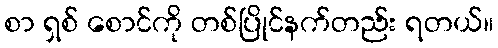
စာ ရှစ် စောင်ကို တစ်ပြိုင်နက်တည်း ရတယ်။